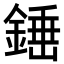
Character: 𨪸